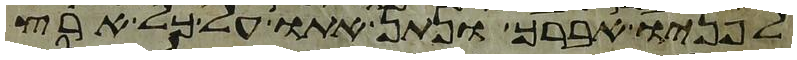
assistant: לפניו אברך ונתן אתו על כל ארץ